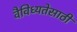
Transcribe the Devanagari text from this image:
वैविध्यतेसाठी